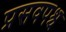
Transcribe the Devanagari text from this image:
प्रसवपश्च